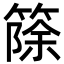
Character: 篨